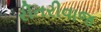
રીતરીવાજ